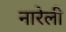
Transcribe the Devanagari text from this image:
नारेली